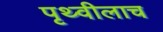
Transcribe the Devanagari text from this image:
पृथ्वीलाच